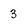
Character: 3